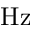
\mathrm { H z }